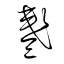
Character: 盞